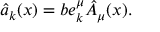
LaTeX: \hat { a } _ { k } ( x ) = b e _ { k } ^ { \mu } \hat { A } _ { \mu } ( x ) .